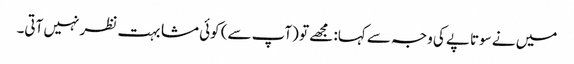
میں نے سوتاپے کی وجہ سے کہا: مجھے تو (آپ سے) کوئی مشابہت نظر نہیں آتی۔